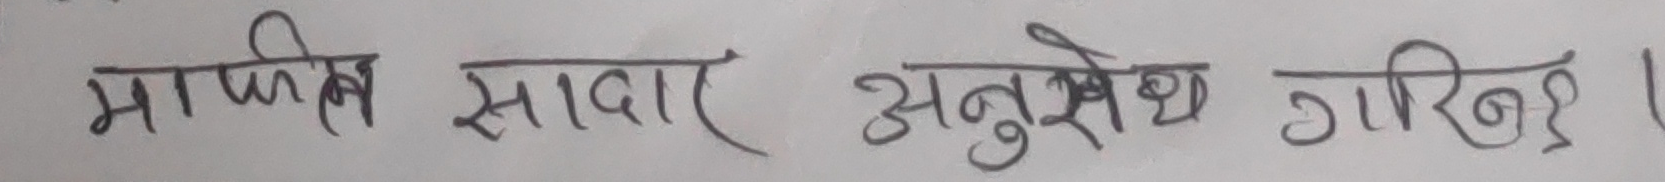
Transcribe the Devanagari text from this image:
माफिल सादा अनुसेध गरिनु।